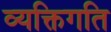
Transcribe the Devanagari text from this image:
व्यक्तिगति